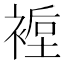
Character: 𲀸